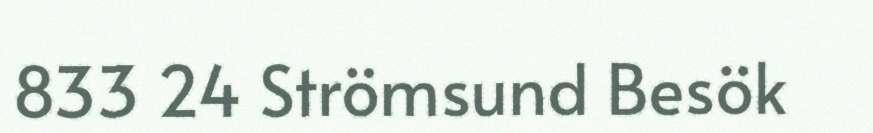
833 24 Strömsund Besök